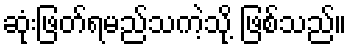
ဆုံးဖြတ်ရမည်သကဲ့သို့ ဖြစ်သည်။